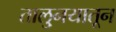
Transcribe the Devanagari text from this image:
तालु्नयातून